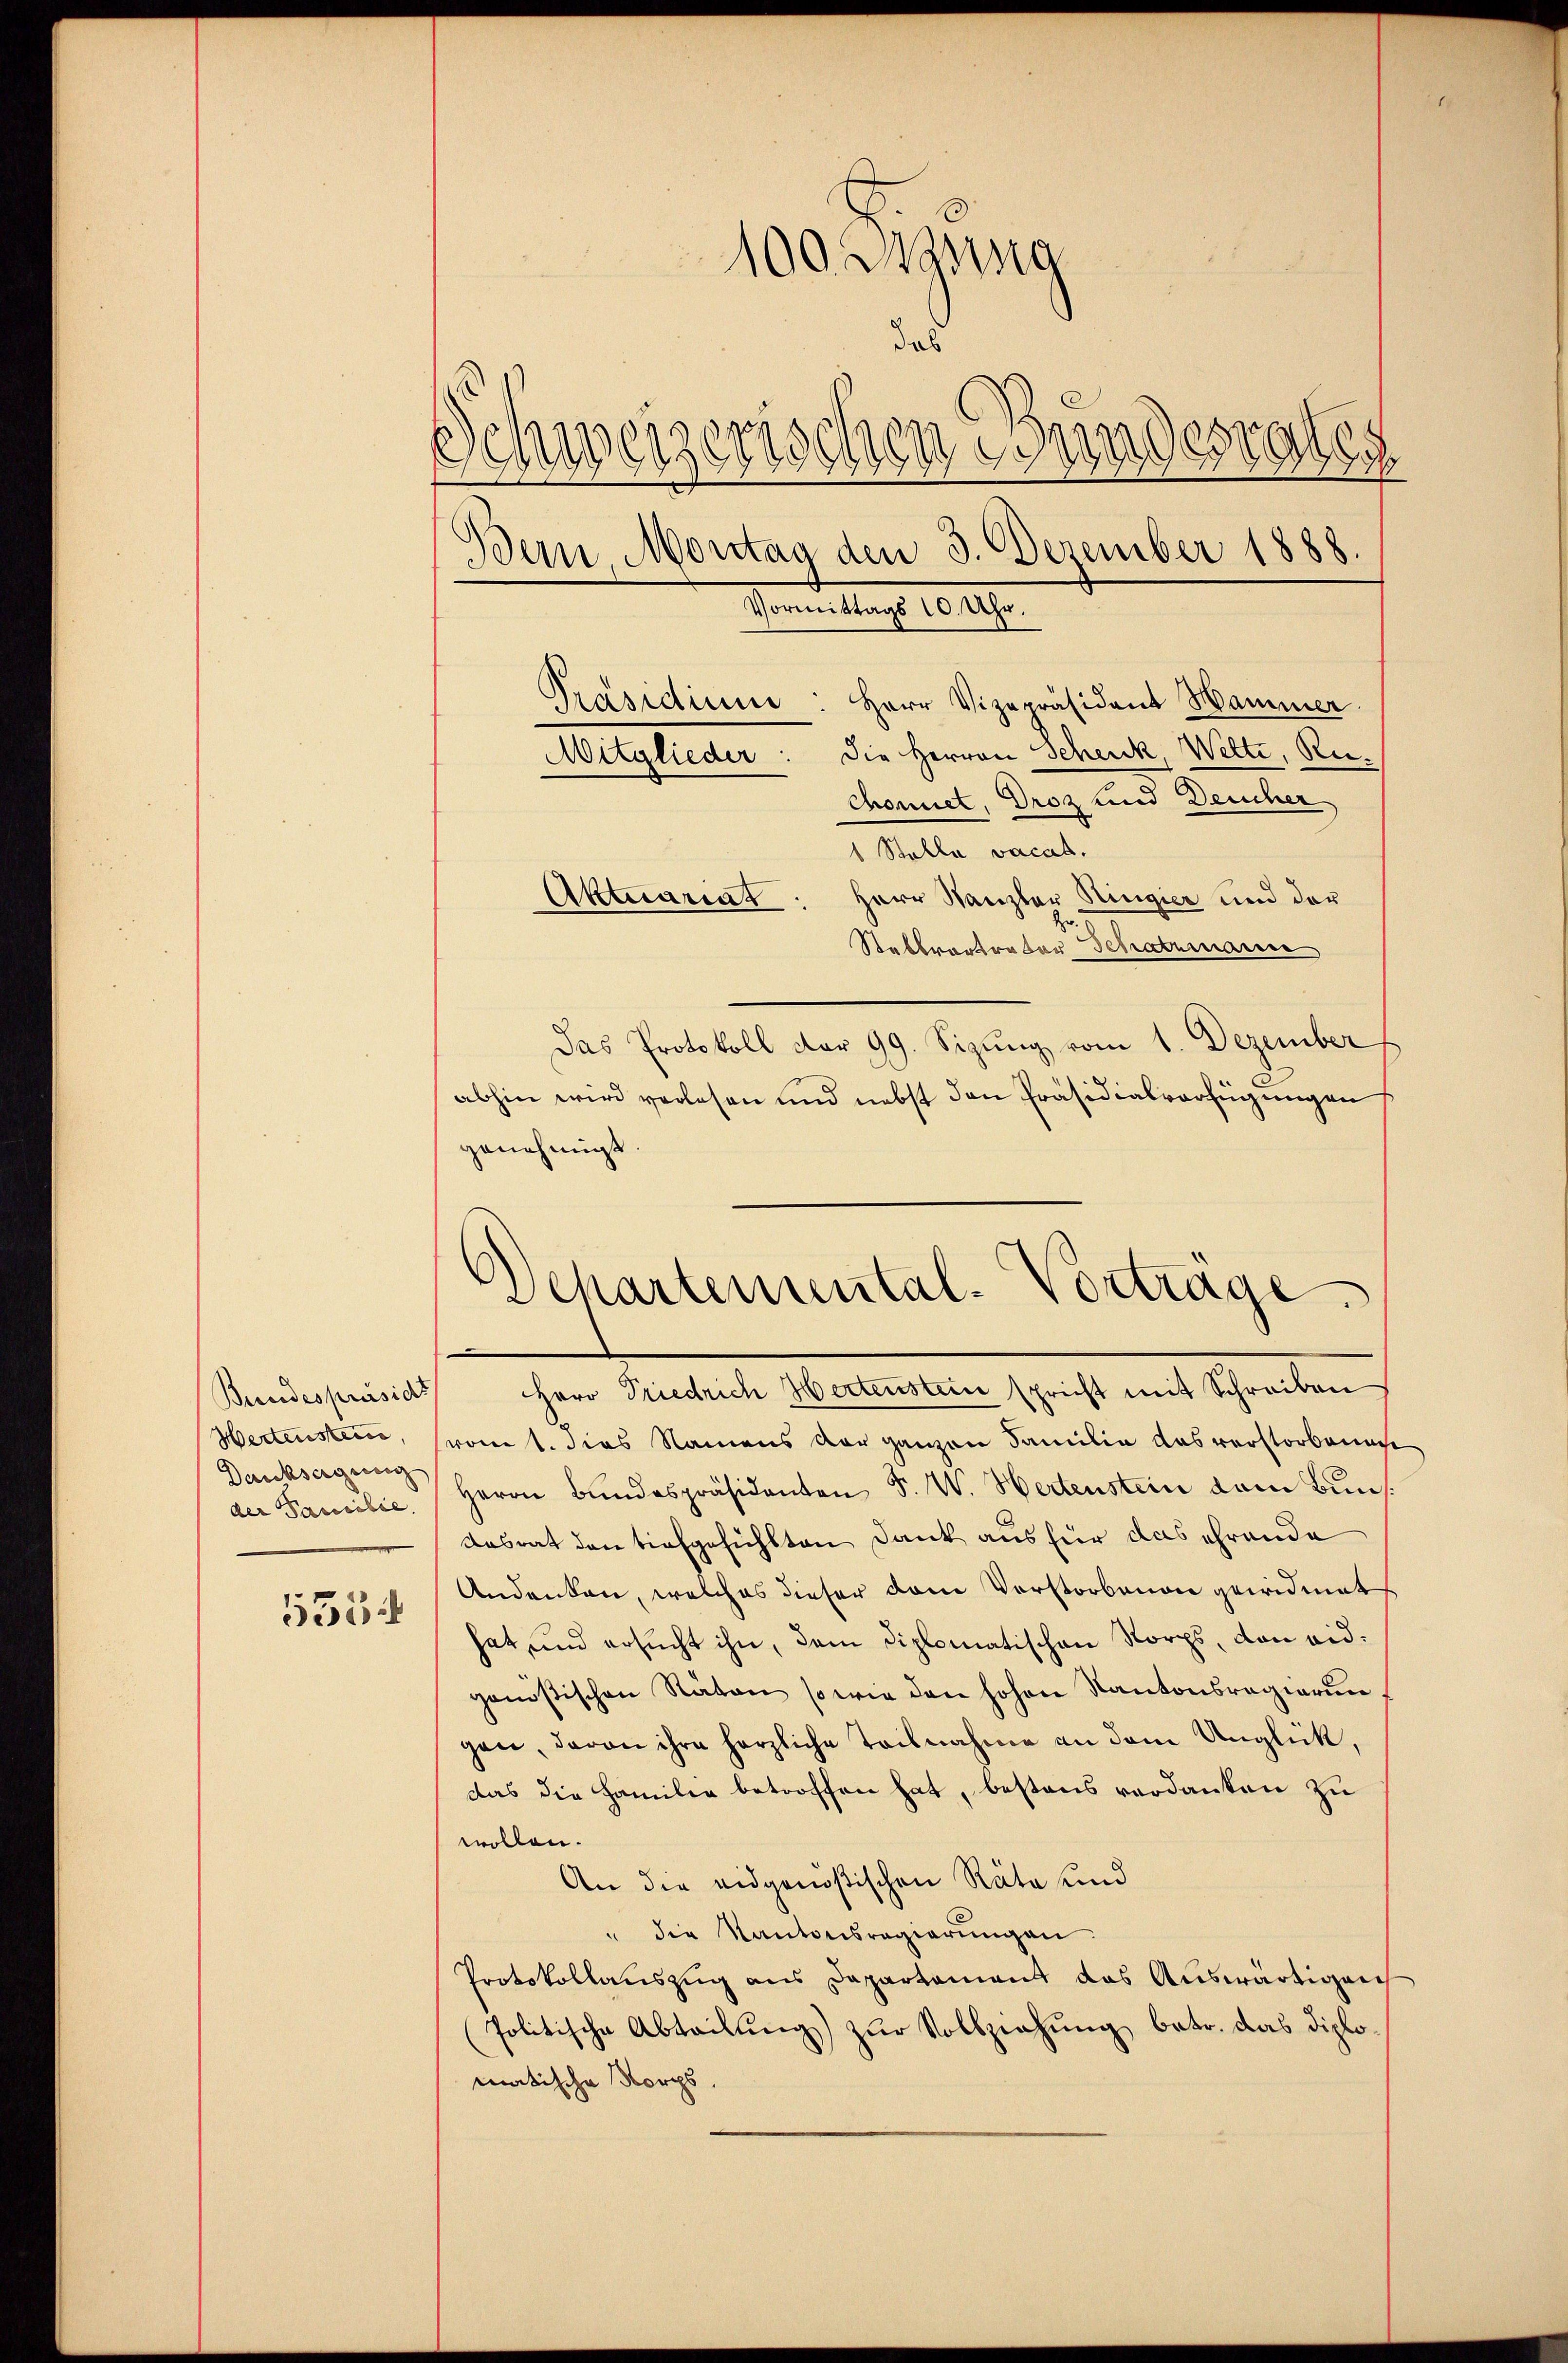
Hertensteine,
Danksagung
der Pancilie.

555

100 Igung
das
Schweizerischen Bundesrates
Dein Montag den 3. Dezember 1888.
Vormittags 10. Uhr.
Präsidium: Herr Vizepräsident Hammer.
Die Herren Schenk, Wette, Re¬
Mitglieder
chonnet, Droz und Deucher

1 Stelle vacas.
Aktuariat: Herr Kanzler Ringier und der
Stabbrantrator Schatzmanne
Das Protokoll dar 99. Sizung vom 1. Dezember
abhin wird verlesen und nebst den Präsidialverfügungen
genehmigt

Schartemental-Vorträge
Bundespräsids Herr Priedrich Hertenstein spricht mit Schreiben

vom 1. dies Namens der ganzen Familie das verstorbenac
Herrn Bundespräsidenten F. W. Hertenstein dem Buns.
desrat den tiefgefühlten Dank aus für das ehrende
Andenken, welches dieser vom Vorstorbenen gewidmet
hat und ersucht ihn, dem Diplomatischen Norps, von eidgenößischen Räten so wie den hohen Kantonsregierun
gen, daran ihre herzliche Teilnahme an dem Unglück,
das die Familie betroffen hat, bestens verdanken zu
wollen.
An die eidgenößischen Räte und
" die Kantonsregierungen
Protokollauszug aus Departament das Auswärtigen
Politische Abteilung) zur Vollziehung betr. das diplomatische Norps.